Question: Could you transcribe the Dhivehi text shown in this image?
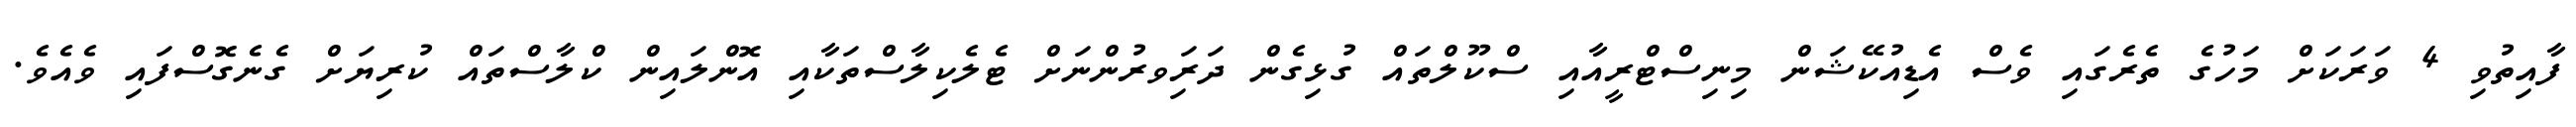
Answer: ފާއިތުވި 4 ވަރަކަށް މަހުގެ ތެރެގައި ވެސް އެޑިއުކޭޝަން މިނިސްޓްރީއާއި ސްކޫލްތައް ގުޅިގެން ދަރިަވރުންނަށް ޓެލެކިލާސްތަކާއި އޮންލައިން ކްލާސްތައް ކުރިޔަށް ގެނެގޮސްފައި ވެއެވެ.